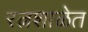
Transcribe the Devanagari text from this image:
रत्नशाळेत